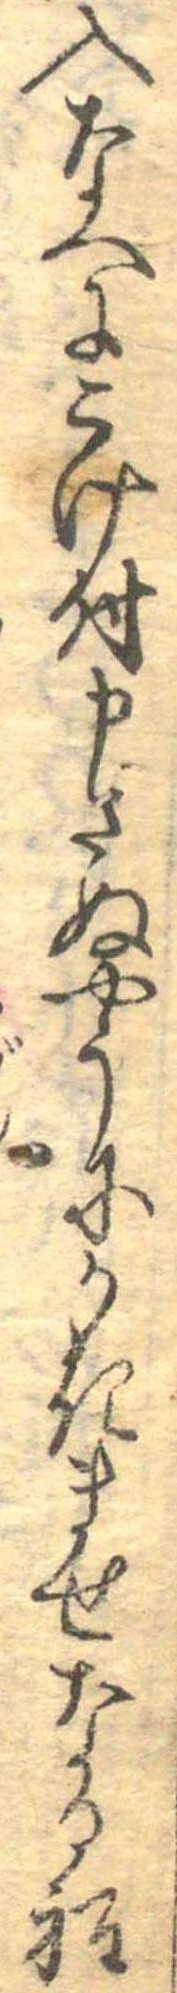
入なへにこけ付申さぬやうにかきませなる程